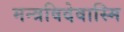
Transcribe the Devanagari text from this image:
मन्त्रविदेवास्मि